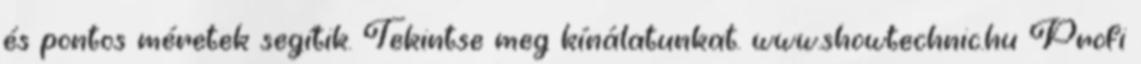
és pontos méretek segítik. Tekintse meg kínálatunkat. www.showtechnic.hu Profi